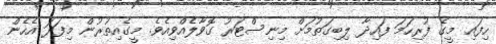
ހިފައި މީގެ ފުރިހަމަ ފައިދާ ލިބިގަތުމަށް މިނިސްޓަރު ގޮވާލެއްވިއެވެ. މީގެއިތުރުން މިފަދަ އެހެން